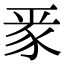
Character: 𮙛